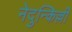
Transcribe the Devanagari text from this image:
नेदुन्किल्ली